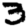
Digit: 3